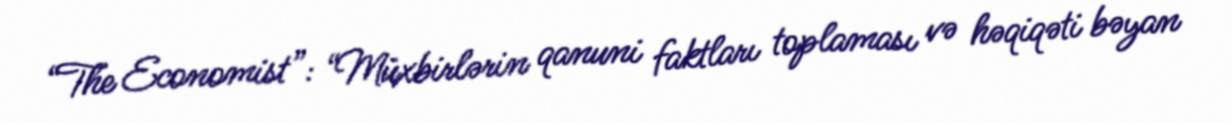
“The Economist”: “Müxbirlərin qanuni faktları toplaması və həqiqəti bəyan